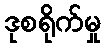
ဒုစရိုက်မှု